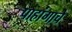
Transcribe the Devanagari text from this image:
पाहांगाचे